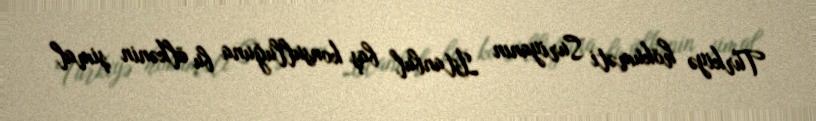
Türkiyə hökuməti Suriyanın İstanbul baş konsulluğuna bu ölkənin şimal